Ajakirja_Uliopilasleht_toimetus, lk 26
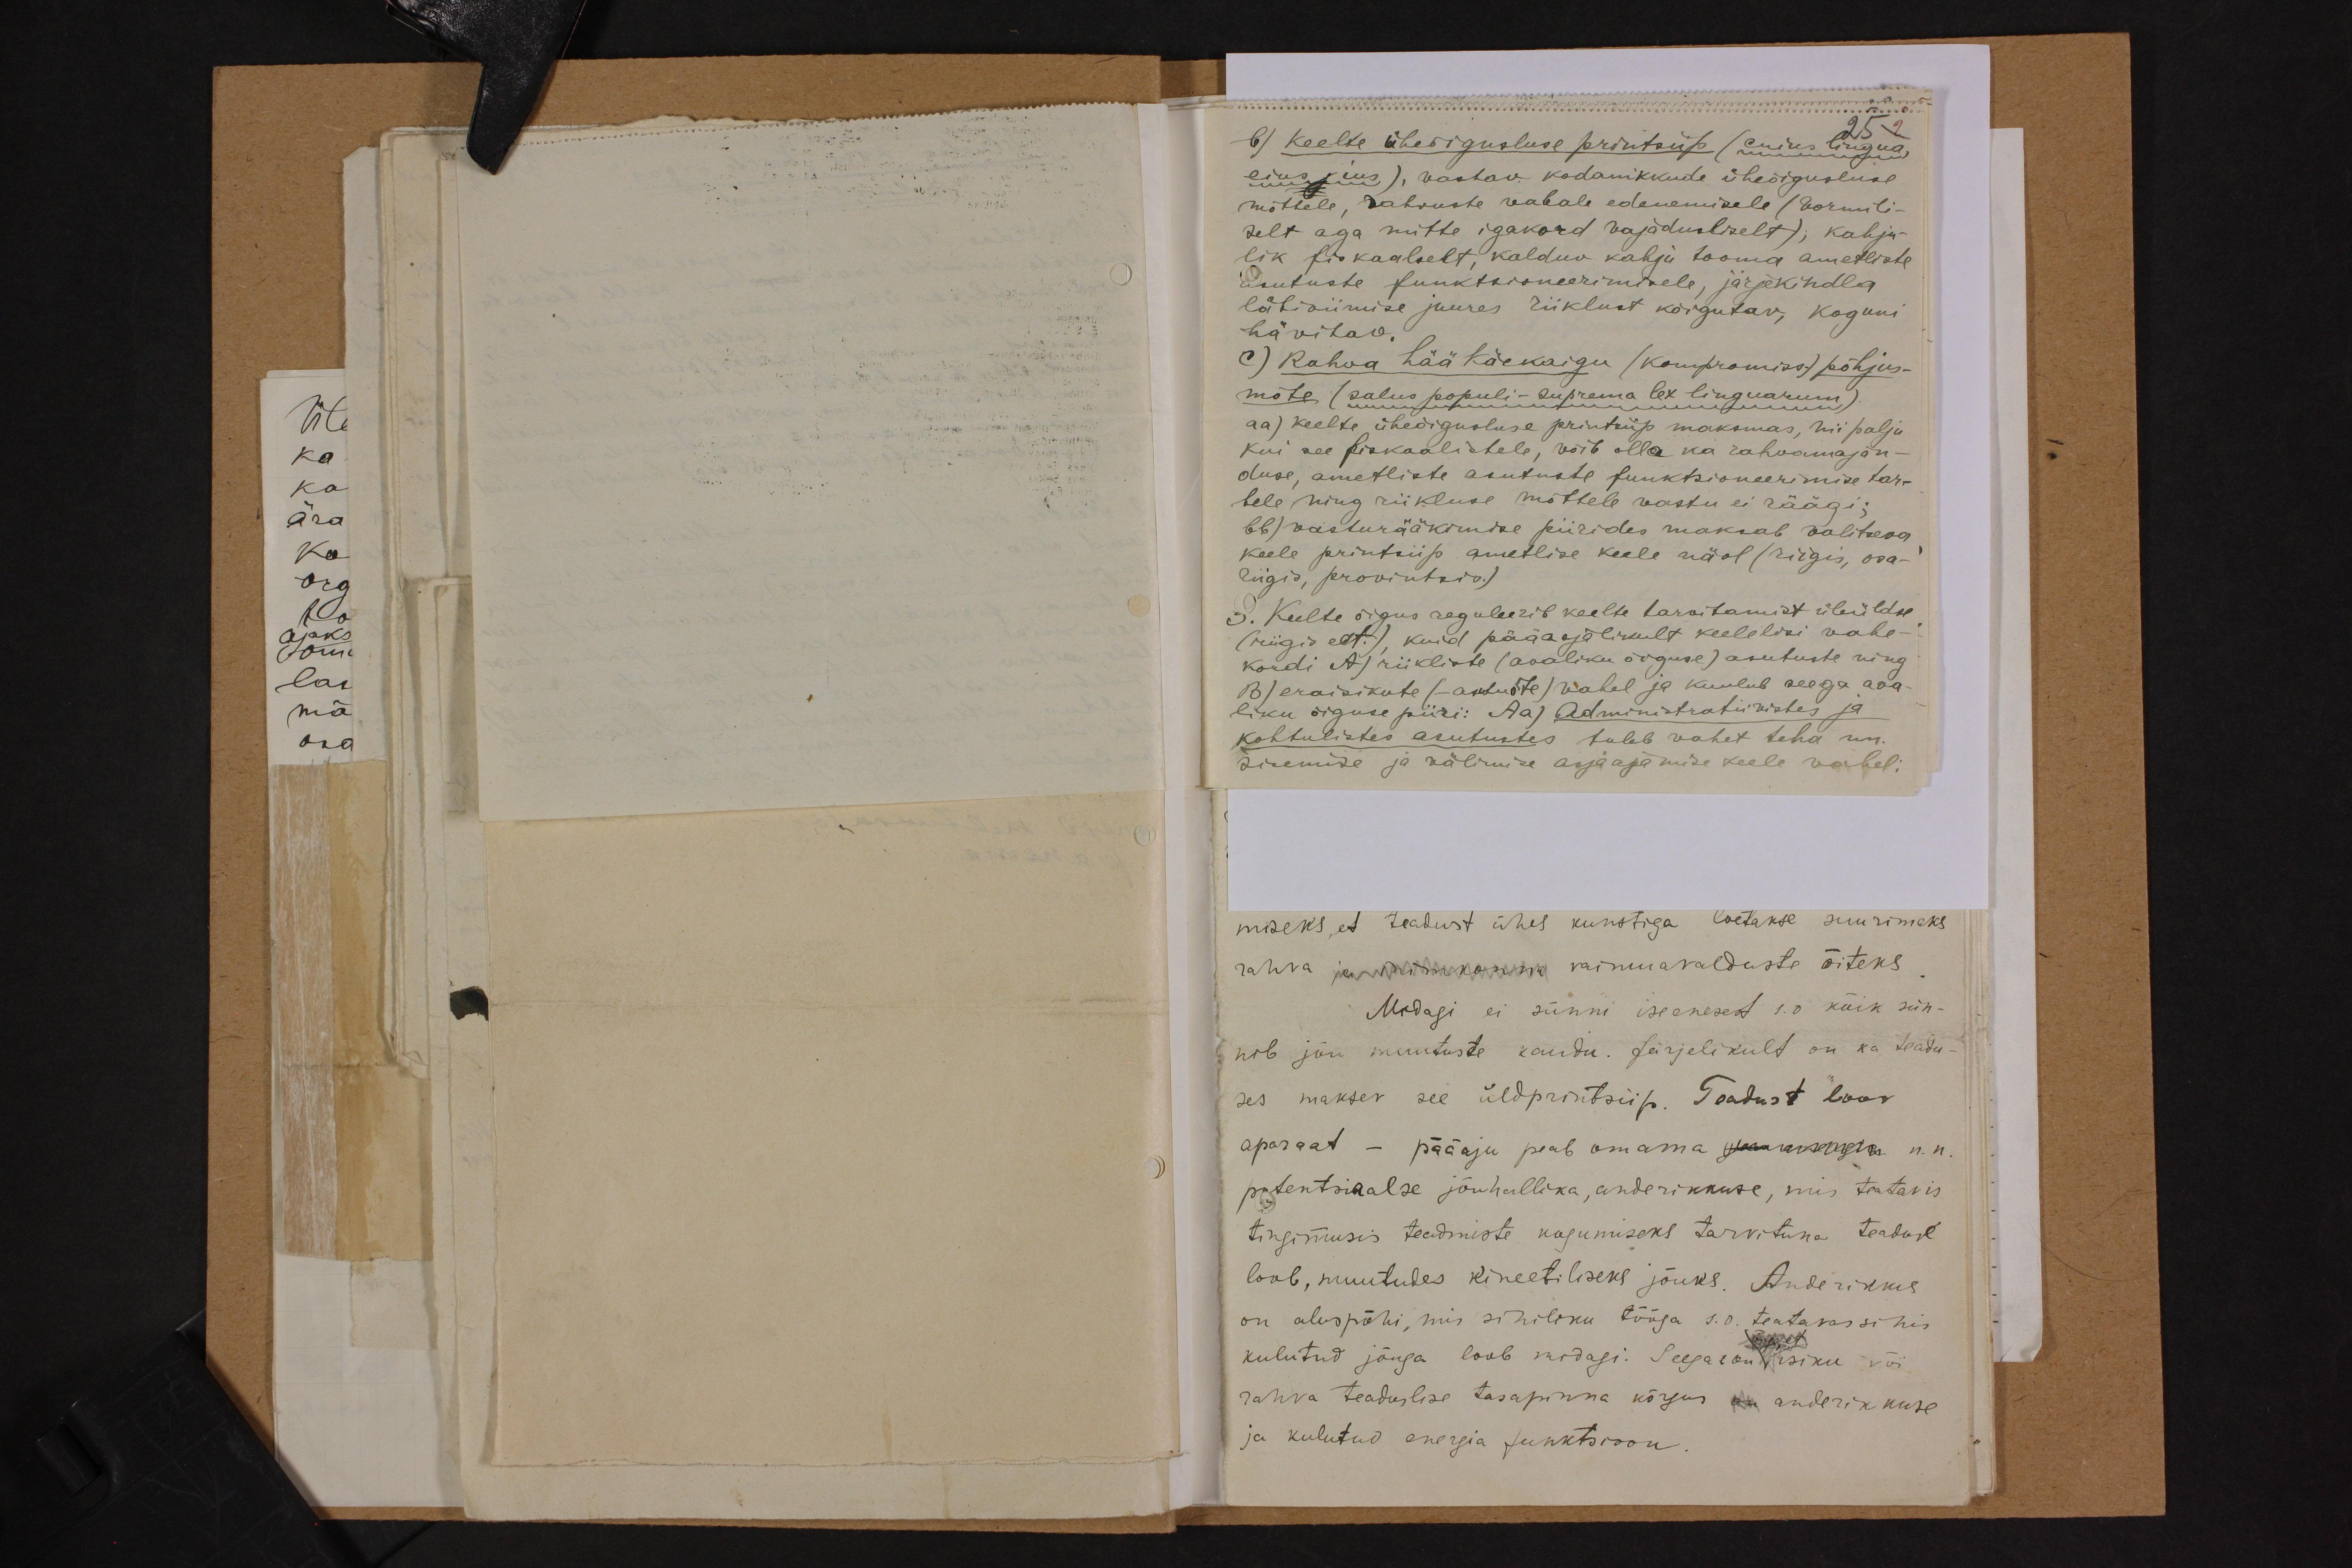
25 -
b) keelte üheõigusluse printsiip (cuius lingua
eius j ius), vastav kodanikkude üheõigusluse
mõttele, rahvuste vabale edenemisele (vormili-
selt aga mitte igakord vajadusliselt); kahju-
lik fiskaalselt, kalduv kahju tooma ametliste
asutuste funktsioneerimisele, järjekindla
läbiviimise juures riiklust kõigutav, koguni
hävitav.
C) Rahva hää käekäigu (kompromiss) põhjus-
mõte (salus populi - suprema lex linguarum).
aa) keelte üheõigusluse printsiip maksmas, nii palju
kui see fiskaalistele, võib olla ka rahvamajan-
duse, ametliste asutuste funktsioneerimise tar-
bele ning riikluse mõttele vastu ei räägi:
bb) vasturääkimise piirides maksab valitseva
keele printsiip ametlise keele näol (riigis, osa-
riigis, provintsis.)
g. Keelte õigus reguleerib keelte tarvitamist üleüldse
riigi ect.) kuid pääasjalikult keelelisi wahe-
kordi A) riikliste (avaliku õiguse) asutuste ning
B) eraisikute (-asutuste) vahel ja kuulub seega ava-
liku õiguse piiri: Aa) Administratiivistes ja
kohtulistes asutustes tuleb vahet teha nn.
sisemise ja välimise asjaajamise keele vahel: